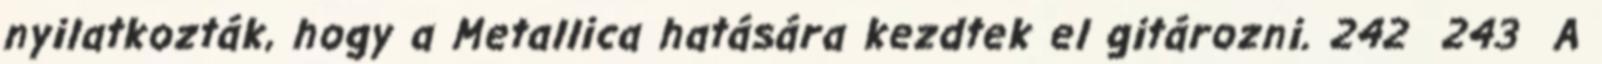
nyilatkozták, hogy a Metallica hatására kezdtek el gitározni. 242 243 A